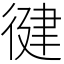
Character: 徤